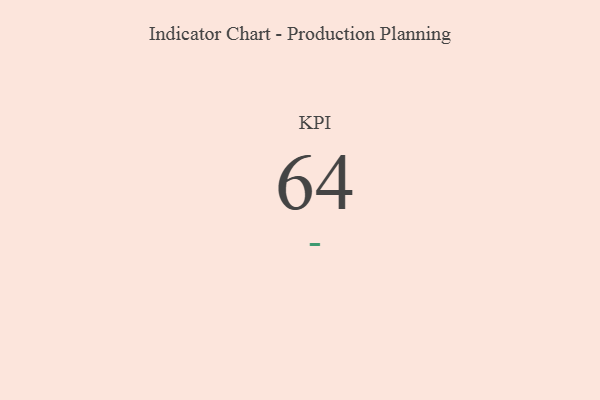
{"axis": {"x": "KPI", "y": "Value"}, "legend": [""], "data": [{"x": "KPI", "y": 64, "type": ""}]}